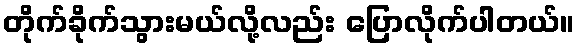
တိုက်ခိုက်သွားမယ်လို့လည်း ပြောလိုက်ပါတယ်။